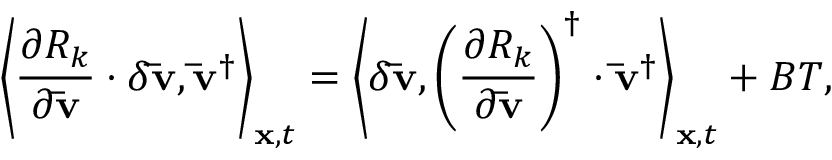
{ \left\langle { \frac { { \partial { R _ { k } } } } { { \partial { \bf { \bar { v } } } } } \cdot \delta { \bf { \bar { v } } } , { { { \bf { \bar { v } } } } ^ { \dag } } } \right\rangle _ { { \bf { x } } , t } } = { \left\langle { \delta { \bf { \bar { v } } } , { { \left( { \frac { { \partial { R _ { k } } } } { { \partial { \bf { \bar { v } } } } } } \right) } ^ { \dag } } \cdot { { { \bf { \bar { v } } } } ^ { \dag } } } \right\rangle _ { { \bf { x } } , t } } + B T ,